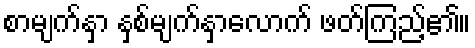
စာမျက်နှာ နှစ်မျက်နှာလောက် ဖတ်ကြည့်၏။